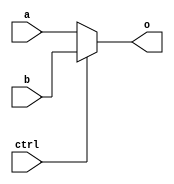
// mux2_1_5.v

module MUX2_1_5(
	input [4:0] a,
	input [4:0] b,
	input ctrl,
	output [4:0] o
	);

	assign o = ctrl ? b : a;

endmodule